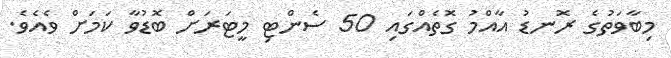
މިބާވަތުގެ ރޮނޑު އާއްމު ގޮތެއްގައި 50 ސެންޓި މީޓަރަށް ބޮޑުވާ ކަމަށް ވެއެވެ.